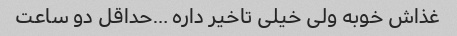
غذاش خوبه ولی خیلی تاخیر داره …حداقل دو ساعت